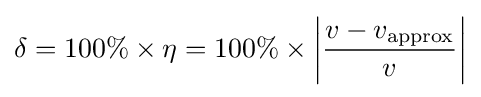
\delta =100\%\times \eta =100\%\times \left|{\frac {v-v_{\text{approx}}}{v}}\right|